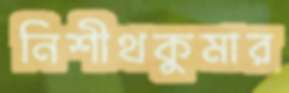
নিশীথকুমার